Lunatic asylums United Prov. 1922-30 - 1922-1930
Year: 1922
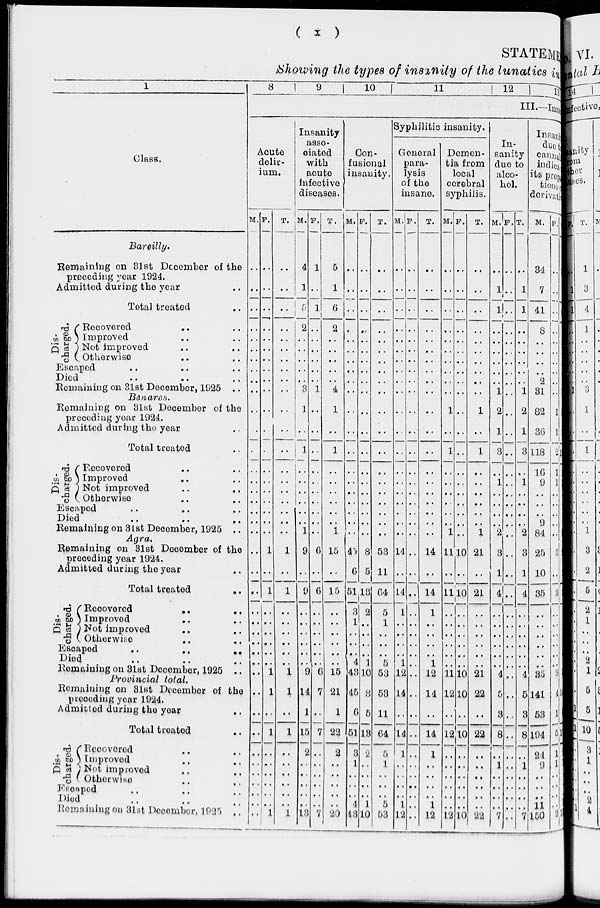
( x )
STATEMENT
Showing the types of insanity of the lunatics in
1
Class.
Bareilly.
Remaining on 31st December of the
preceding year 1924.
Admitted during the year ..
Total treated ..
Dis-
charged.
Recovered
..
..
Improved .. ..
Not
improved
..
..
Otherwise .. ..
Escaped
..
..
..
Died .. .. ..
Remaining on 31st December, 1925 ..
Benares.
Remaining on 31st December of the
preceding year 1924.
Admitted during the year ..
Total treated ..
Dis-
charged.
Recovered .. ..
Improved .. ..
Not improved .. ..
Otherwise .. ..
Escaped .. .. ..
Died
..
..
..
Remaining on 31st December, 1925 ..
Agra.
Remaining on 31st December of the
preceding year 1924.
Admitted during the year ..
Total treated
..
Dis-
charged.
Recovered
..
..
Improved
..
..
Not improved .. ..
Otherwise .. ..
Escaped
..
..
..
Died .. .. ..
Remaining on 31st December, 1925 ..
Provincial total.
Remaining on 31st December of the
preceding year 1924.
Admitted during the year ..
Total treated ..
Dis-
charged.
Recovered .. ..
Improved .. ..
Not improved .. ..
Otherwise .. ..
Escaped .. .. ..
Died .. .. ..
Remaining on 31st December, 1925 ..
8
9
10
11
12
13
III.—Insa
Acute
delir-
ium.
M.
..
..
..
..
..
..
..
..
..
..
..
..
..
..
..
..
..
..
..
..
..
..
..
..
..
..
..
..
..
..
..
..
..
..
..
..
..
..
..
..
F.
..
..
..
..
..
..
..
..
..
..
..
..
..
..
..
..
..
..
..
..
1
..
1
..
..
..
..
..
..
1
1
..
1
..
..
..
..
..
..
1
T.
..
..
..
..
..
..
..
..
..
..
..
..
..
..
..
..
..
..
..
..
1
..
1
..
..
..
..
..
..
1
1
..
1
..
..
..
..
..
..
1
Insanity
asso-
ciated
with
acute
infective
diseases.
M.
4
1
5
2
..
..
..
..
..
3
1
..
1
..
..
..
..
..
..
1
9
..
9
..
..
..
..
..
..
9
14
1
15
2
..
..
..
..
..
13
F.
1
..
1
..
..
..
..
..
..
1
..
..
..
..
..
..
..
..
..
..
6
..
6
..
..
..
..
..
..
6
7
..
7
..
..
..
..
..
..
7
T.
5
1
6
2
..
..
..
..
..
4
1
..
1
..
..
..
..
..
..
1
15
..
15
..
..
..
..
..
..
15
21
1
22
2
..
..
..
..
..
20
Con-
fusional
insanity.
M.
..
..
..
..
..
..
..
..
..
..
..
..
..
..
..
..
..
..
..
..
45
6
51
3
1
..
..
..
4
43
45
6
51
3
1
..
..
..
4
43
F.
..
..
..
..
..
..
..
..
..
..
..
..
..
..
..
..
..
..
..
..
8
5
13
2
..
..
..
..
1
10
8
5
13
2
..
..
..
..
1
10
T.
..
..
..
..
..
..
..
..
..
..
..
..
..
..
..
..
..
..
..
..
53
11
64
5
1
..
..
..
5
53
53
11
64
5
1
..
..
..
5
53
Syphilitic insanity.
General
para-
lysis
of the
insane.
M.
..
..
..
..
..
..
..
..
..
..
..
..
..
..
..
..
..
..
..
..
14
..
14
1
..
..
..
..
1
12
14
..
14
1
..
..
..
..
1
12
F.
..
..
..
..
..
..
..
..
..
..
..
..
..
..
..
..
..
..
..
..
..
..
..
..
..
..
..
..
..
..
..
..
..
..
..
..
..
..
..
..
T.
..
..
..
..
..
..
..
..
..
..
..
..
..
..
..
..
..
..
..
..
14
..
14
1
..
..
..
..
1
12
14
..
14
1
..
..
..
..
1
12
Demen-
tia from
local
corebral
syphilis.
M.
..
..
..
..
..
..
..
..
..
..
1
..
1
..
..
..
..
..
..
1
11
..
11
..
..
..
..
..
..
11
12
..
12
..
..
..
..
..
..
12
F.
..
..
..
..
..
..
..
..
..
..
..
..
..
..
..
..
..
..
..
..
10
..
10
..
..
..
..
..
..
10
10
..
10
..
..
..
..
..
..
10
T.
..
..
..
..
..
..
..
..
..
..
1
..
1
..
..
..
..
..
..
1
21
..
21
..
..
..
..
..
..
21
22
..
22
..
..
..
..
..
..
22
In-
sanity
due to
alco-
hol.
M.
..
1
1
..
..
..
..
..
..
1
2
1
3
..
1
..
..
..
..
2
3
1
4
..
..
..
..
..
..
4
5
3
8
..
1
..
..
..
..
7
F.
..
..
..
..
..
..
..
..
..
..
..
..
..
..
..
..
..
..
..
..
..
..
..
..
..
..
..
..
..
..
..
..
..
..
..
..
..
..
..
..
T.
..
1
1
..
..
..
..
..
..
1
2
1
3
..
1
..
..
..
2
3
1
4
..
..
..
..
..
..
4
5
3
8
..
1
..
..
..
..
7
Insani
duct
cannal
indica
ts prop
tions.
derivati
M.
34
7
41
8
..
..
..
..
2
31
32
36
118
16
9
..
..
..
9
84
25
10
35
..
..
..
..
..
..
35
141
53
194
24
9
..
..
..
11
150
F.
..
..
..
..
..
..
..
..
..
..
1
1
21
1
1
..
..
..
..
..
3
..
3
..
..
..
..
..
..
3
4
1
5
1
1
..
..
..
..
3
T.
34
7
41
8
..
..
..
..
2
31
33
37
139
17
10
..
..
..
9
84
28
10
38
..
..
..
..
..
..
38
145
54
199
25
10
..
..
..
11
153